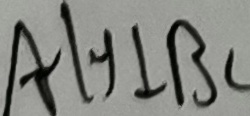
A H \bot B C